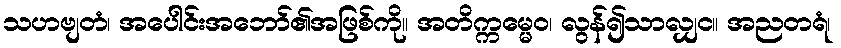
သဟဗျတံ၊ အပေါင်းအဘော်၏အဖြစ်ကို။ အတိက္ကမ္မေဝ၊ လွန်၍သာလျှင။ အညတရံ၊